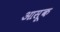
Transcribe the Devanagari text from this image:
आसूक